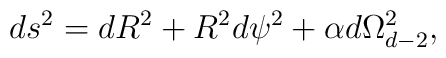
ds^2 = dR^2 + R^2 d\psi^2 + \alpha d\Omega_{d-2}^2,